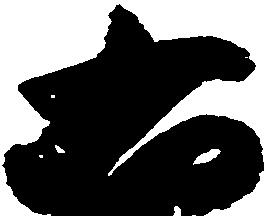
右